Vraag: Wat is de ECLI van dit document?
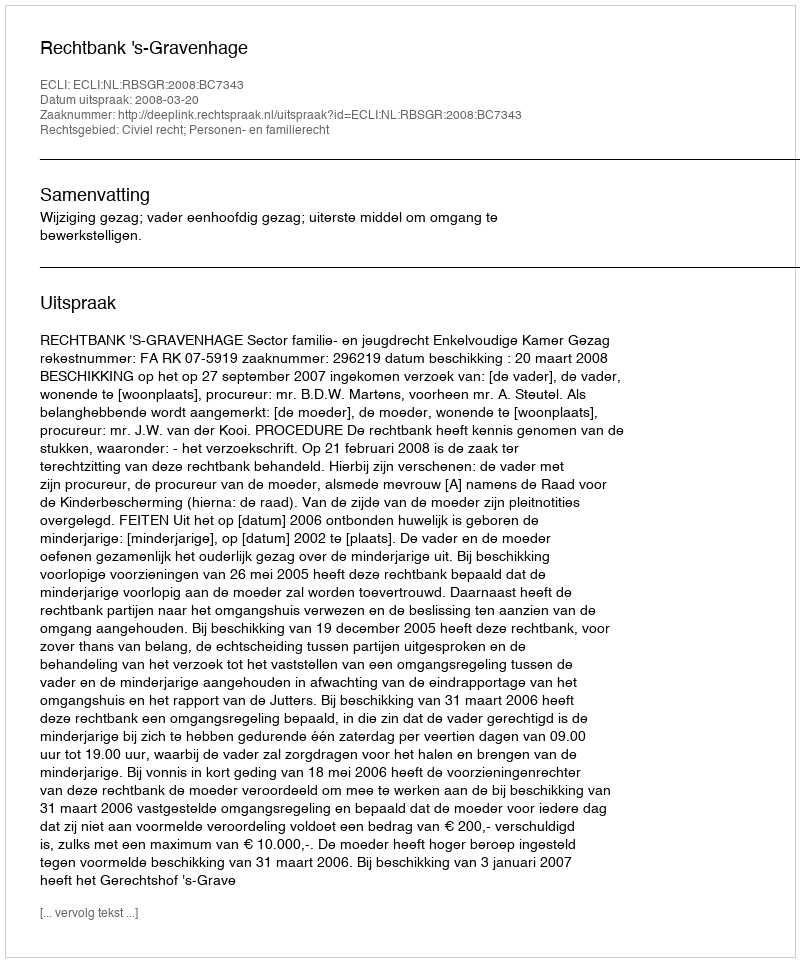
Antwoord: ECLI:NL:RBSGR:2008:BC7343